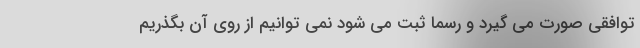
توافقی صورت می گیرد و رسما ثبت می شود نمی توانیم از روی آن بگذریم